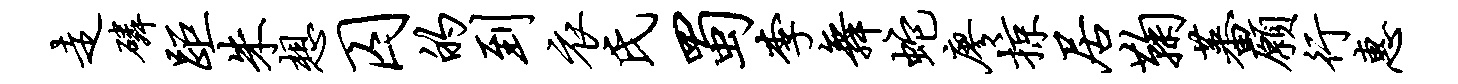
走磷距朱想囚的到衣氏蜀李舞蛇廖掠居鞠蕃愿行惠